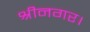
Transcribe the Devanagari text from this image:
श्रीनगर।